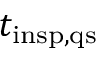
t _ { \mathrm { i n s p , q s } }